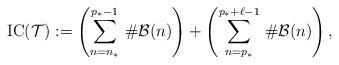
LaTeX: \begin{align*}\mathrm{IC}(\mathcal{T}):=\left(\sum_{n=n_\ast}^{p_\ast-1}\,\#\mathcal{B}(n)\right)+\left(\sum_{n=p_\ast}^{p_\ast+\ell-1}\,\#\mathcal{B}(n)\right),\end{align*}